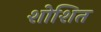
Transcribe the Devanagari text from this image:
शोशित